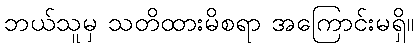
ဘယ်သူမှ သတိထားမိစရာ အကြောင်းမရှိ။